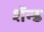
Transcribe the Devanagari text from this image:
शॅन्ड